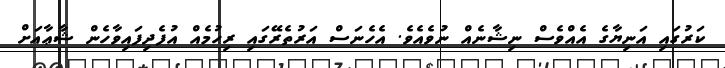
ކަރުގައި އަނިޔާގެ އެއްވެސް ނިޝާނެއް ނުވެއެވެ. އެހެނަސް އަރުތެރޭގައި ރިހުމެއް އުފެދިފައިވާހެން ޝާޢާއަށް